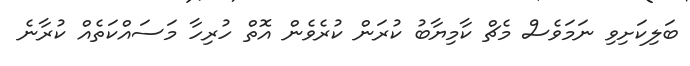
ބަލިކަށިވި ނަމަވެސް މެޗް ކާމިޔާބު ކުރަން ކުރެވެން އޮތް ހުރިހާ މަސައްކަތެއް ކުރާނެ